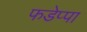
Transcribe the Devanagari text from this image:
फडेप्पा